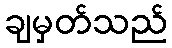
ချမှတ်သည်